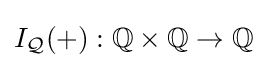
I_{\mathcal {Q}}(+):\mathbb {Q} \times \mathbb {Q} \to \mathbb {Q}